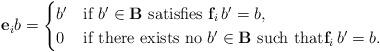
LaTeX: \begin{align*}\mathbf{e}_ib=\begin{cases}b' & \mbox{if $b'\in\mathbf B$ satisfies $\mathbf{f}_i \,b'=b$,} \\0 & \mbox{if there exists no $b'\in\mathbf B$ such that$\mathbf{f}_i \,b'=b$.}\end{cases}\end{align*}